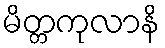
မိတ္တကုလာနိ